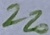
Text: 220